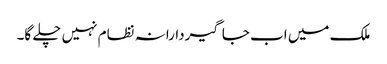
ملک میں اب جاگیردارانہ نظام نہیں چلے گا۔